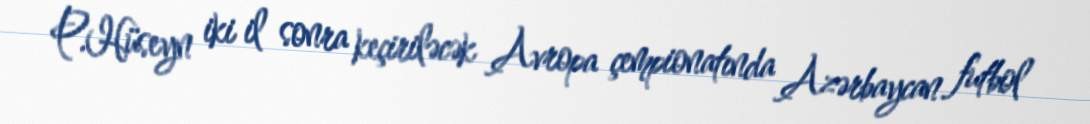
P.Hüseyn iki il sonra keçiriləcək Avropa çempionatında Azərbaycan futbol